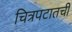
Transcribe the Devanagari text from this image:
चित्रपटातची